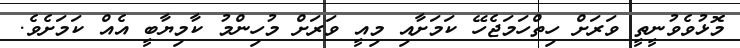
މޮޅުވެވުނީތީ ވަރަށް ހިތްހަމަޖެހޭ ކަމަށާއި މިއީ ވަރަށް މުހިންމު ކާމިޔާބީ އެއް ކަމަށެވެ.